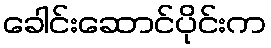
ခေါင်းဆောင်ပိုင်းက